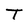
Character: T